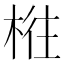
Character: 𰗴